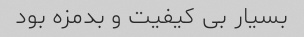
بسیار بی کیفیت و بدمزه بود